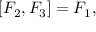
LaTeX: [ F _ { 2 } , F _ { 3 } ] = F _ { 1 } ,